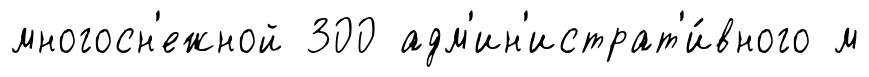
многосн'ежной 300 адм'ин'истрат'и́вного м